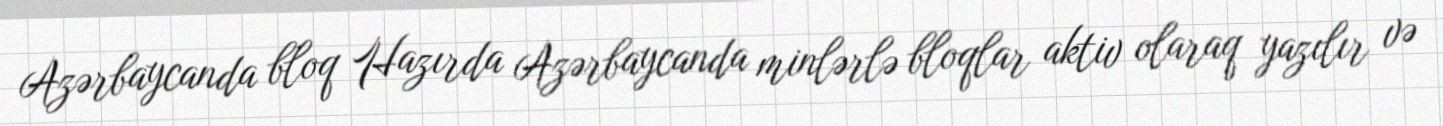
Azərbaycanda bloq Hazırda Azərbaycanda minlərlə bloqlar aktiv olaraq yazılır və